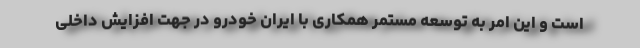
است و این امر به توسعه مستمر همکاری با ایران خودرو در جهت افزایش داخلی